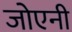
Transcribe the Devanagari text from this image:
जोएनी